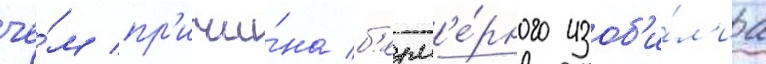
че́м пр'ичи́на б'езм'е́рного изоб'и́л'иа